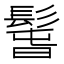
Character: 𩭱